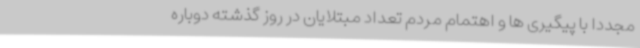
مجددا با پیگیری ها و اهتمام مردم تعداد مبتلایان در روز گذشته دوباره